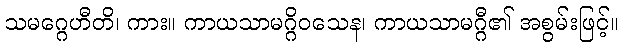
သမဂ္ဂေဟီတိ၊ ကား။ ကာယသာမဂ္ဂိဝသေန၊ ကာယသာမဂ္ဂီ၏ အစွမ်းဖြင့်။